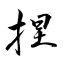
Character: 捏